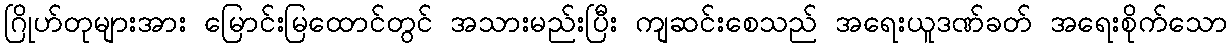
ဂြိုဟ်တုများအား မြောင်းမြထောင်တွင် အသားမည်းပြီး ကျဆင်းစေသည် အရေးယူဒဏ်ခတ် အရေးစိုက်သော